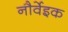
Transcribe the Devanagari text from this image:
नौर्वेइक